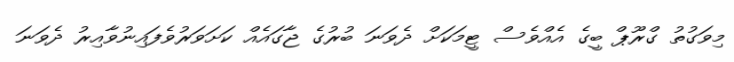
މިވަގުތު ގްރޫޕް ބީގެ އެއްވެސް ޓީމަކަށް ދެވަނަ ބުރުގެ ޖާގައެއް ކަށަވަރުވެފައިނުވާއިރު ދެވަނަ